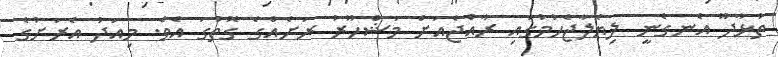
ތުޅާދޫ އެނގެނީ ލިޔެލާޖެހުމުގައި ރާއްޖެއަށް މަޝްހޫރު ރަށެއްގެ ގޮތުގަ އެވެ. މިއަދު އެރަށުގެ